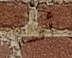
أتسلل